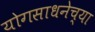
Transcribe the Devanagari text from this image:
योगसाधनेच्या